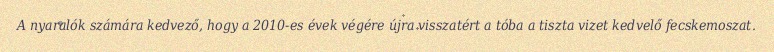
A nyaralók számára kedvező, hogy a 2010-es évek végére újra visszatért a tóba a tiszta vizet kedvelő fecskemoszat.